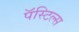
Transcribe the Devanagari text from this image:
पॅस्टिल्स